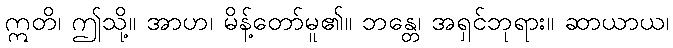
ဣတိ၊ ဤသို့။ အာဟ၊ မိန့်တော်မူ၏။ ဘန္တေ၊ အရှင်ဘုရား။ ဆာယာယ၊